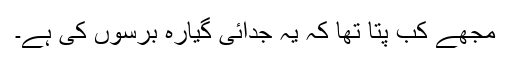
مجھے کب پتا تھا کہ یہ جدائی گیارہ برسوں کی ہے۔